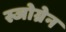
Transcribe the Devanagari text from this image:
स्जोग्रेन